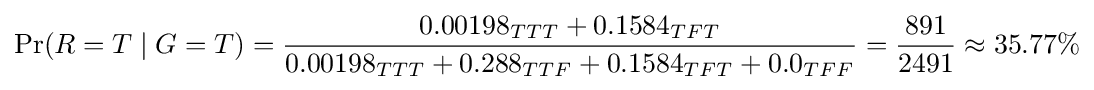
\Pr(R=T\mid G=T)={\frac {0.00198_{TTT}+0.1584_{TFT}}{0.00198_{TTT}+0.288_{TTF}+0.1584_{TFT}+0.0_{TFF}}}={\frac {891}{2491}}\approx 35.77\%